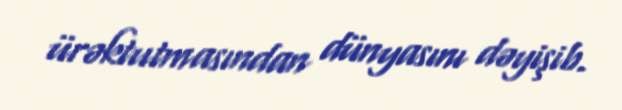
ürəktutmasından dünyasını dəyişib.